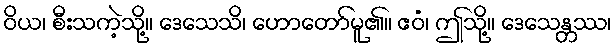
ဝိယ၊ စီးသကဲ့သို့။ ဒေသေသိ၊ ဟောတော်မူ၏။ ဧဝံ၊ ဤသို့။ ဒေသေန္တဿ၊